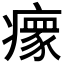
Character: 𬏺